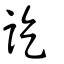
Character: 訖